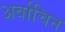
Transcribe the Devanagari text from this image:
अर्वाचिन